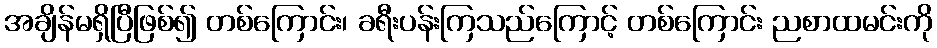
အချိန်မရှိပြီဖြစ်၍ တစ်ကြောင်း၊ ခရီးပန်းကြသည်ကြောင့် တစ်ကြောင်း ညစာထမင်းကို